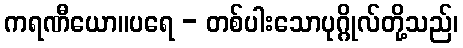
ကရဏီယော။ပရေ - တစ်ပါးသောပုဂ္ဂိုလ်တို့သည်၊